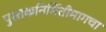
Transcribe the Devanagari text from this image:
पुस्तकनिर्मितीमागचा